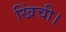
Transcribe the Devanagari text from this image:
खिंची।